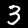
Digit: 3